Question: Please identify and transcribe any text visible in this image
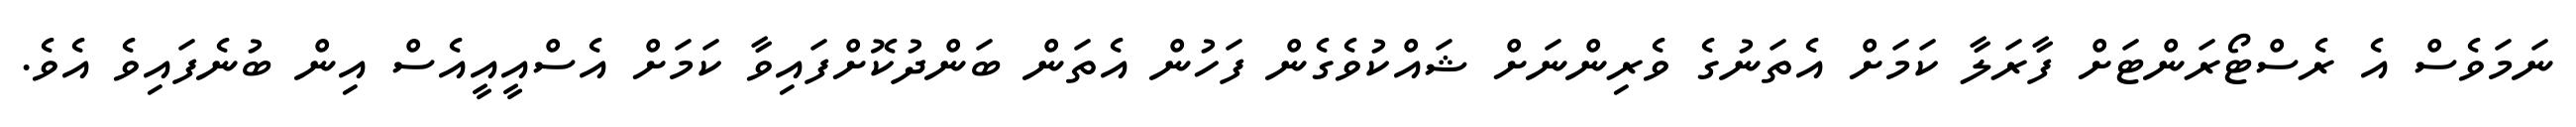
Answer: ނަމަވެސް އެ ރެސްޓޯރަންޓަށް ފާރަލާ ކަމަށް އެތަނުގެ ވެރިންނަށް ޝައްކުވެގެން ފަހުން އެތަން ބަންދުކޮށްފައިވާ ކަމަށް އެސްއީއީއެސް އިން ބުނެފައިވެ އެވެ.